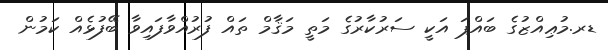
ޑރ.މުޢިއްޒުގެ ބައްޕަ އަކީ ސަރުކާރުގެ މަތީ މަޤާމް ތައް ފުރުއްވާފައިވާ ބޭފުޅެއް ކަމުން